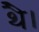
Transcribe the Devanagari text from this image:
थेै।